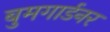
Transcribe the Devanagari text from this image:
बुमगार्डनर